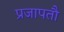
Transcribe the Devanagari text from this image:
प्रजापतौ